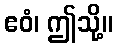
ဧဝံ၊ ဤသို့။